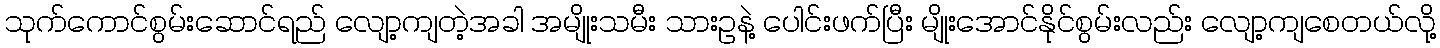
သုက်ကောင်စွမ်းဆောင်ရည် လျော့ကျတဲ့အခါ အမျိုးသမီး သားဥနဲ့ ပေါင်းဖက်ပြီး မျိုးအောင်နိုင်စွမ်းလည်း လျော့ကျစေတယ်လို့